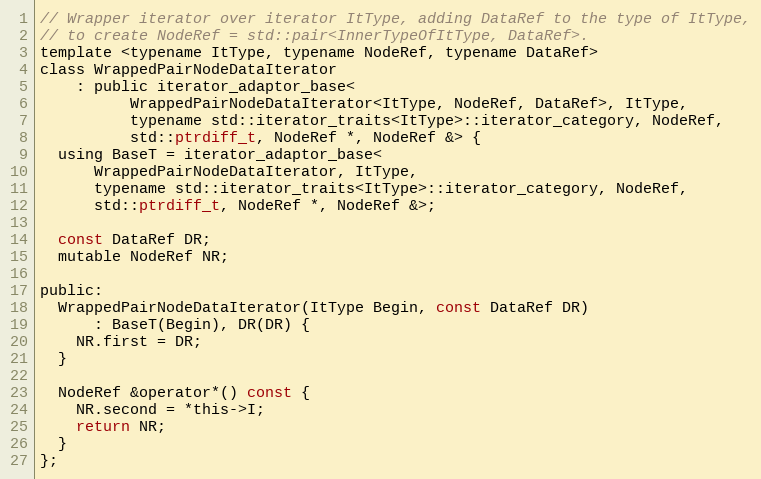
Language: C
// Wrapper iterator over iterator ItType, adding DataRef to the type of ItType,
// to create NodeRef = std::pair<InnerTypeOfItType, DataRef>.
template <typename ItType, typename NodeRef, typename DataRef>
class WrappedPairNodeDataIterator
    : public iterator_adaptor_base<
          WrappedPairNodeDataIterator<ItType, NodeRef, DataRef>, ItType,
          typename std::iterator_traits<ItType>::iterator_category, NodeRef,
          std::ptrdiff_t, NodeRef *, NodeRef &> {
  using BaseT = iterator_adaptor_base<
      WrappedPairNodeDataIterator, ItType,
      typename std::iterator_traits<ItType>::iterator_category, NodeRef,
      std::ptrdiff_t, NodeRef *, NodeRef &>;

  const DataRef DR;
  mutable NodeRef NR;

public:
  WrappedPairNodeDataIterator(ItType Begin, const DataRef DR)
      : BaseT(Begin), DR(DR) {
    NR.first = DR;
  }

  NodeRef &operator*() const {
    NR.second = *this->I;
    return NR;
  }
};